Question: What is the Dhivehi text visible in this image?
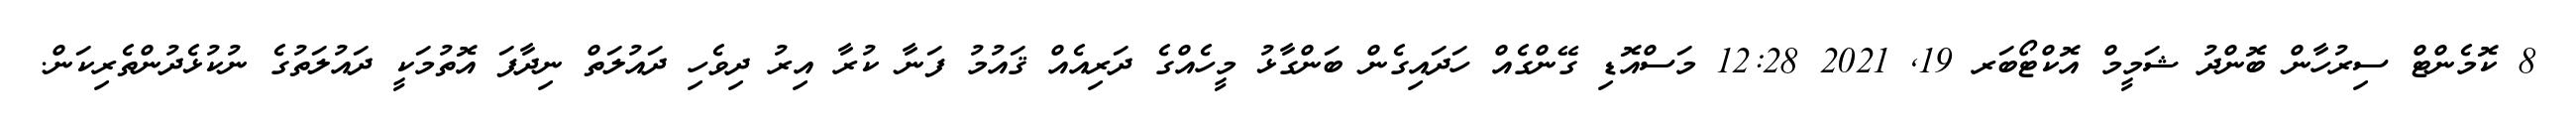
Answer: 8 ކޮމެންޓް ސިރުހާން ބޮންދު ޝަމީމް އޮކްޓޯބަރ 19, 2021 12:28 މަސްއޮޑި ގޭންގެއް ހަދައިގެން ބަންގާޅު މީހެއްގެ ދަރިއެއް ޤައުމު ފަނާ ކުރާ އިރު ދިވެހި ދައުލަތް ނިދާފަ އޮތުމަކީ ދައުލަތުގެ ނުކުޅެދުންތެރިކަން.